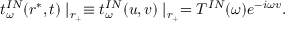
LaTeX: t _ { \omega } ^ { I N } ( r ^ { * } , t ) \mid _ { r _ { + } } \equiv t _ { \omega } ^ { I N } ( u , v ) \mid _ { r _ { + } } = T ^ { I N } ( \omega ) e ^ { - i \omega v } .